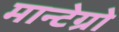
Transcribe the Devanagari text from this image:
मान्टेग्रो